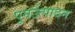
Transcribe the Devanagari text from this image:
पूनर्उत्पादन